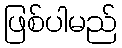
ဖြစ်ပါမည်